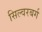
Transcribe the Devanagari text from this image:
सिल्वरबर्ग